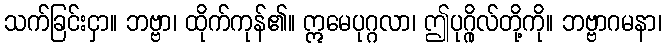
သက်ခြင်းငှာ။ ဘဗ္ဗာ၊ ထိုက်ကုန်၏။ ဣမေပုဂ္ဂလာ၊ ဤပုဂ္ဂိုလ်တို့ကို။ ဘဗ္ဗာဂမနာ၊